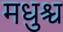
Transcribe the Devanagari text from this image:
मधुश्च